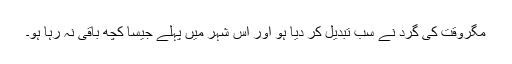
مگروقت کی گرد نے سب تبدیل کر دیا ہو اور اس شہر میں پہلے جیسا کچھ باقی نہ رہا ہو۔